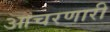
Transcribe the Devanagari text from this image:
आचरणारी